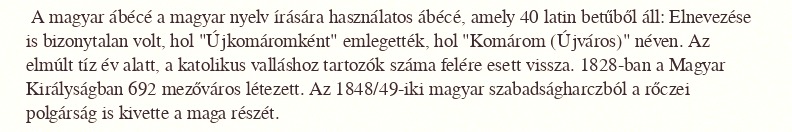
A magyar ábécé a magyar nyelv írására használatos ábécé, amely 40 latin betűből áll: Elnevezése is bizonytalan volt, hol "Újkomáromként" emlegették, hol "Komárom (Újváros)" néven. Az elmúlt tíz év alatt, a katolikus valláshoz tartozók száma felére esett vissza. 1828-ban a Magyar Királyságban 692 mezőváros létezett. Az 1848/49-iki magyar szabadságharczból a rőczei polgárság is kivette a maga részét.